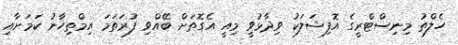
ހެލްތު މިނިސްޓްރީގެ އޮފިޝަލަކު ވިދާޅުވީ މިއީ އެގޮތަށް ބޭއްވި ފުރަތަމަ އިމްތިހާނު ކަމަށާއި